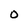
Character: o